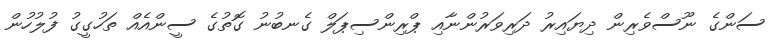
ސަންގެ ނޫސްވެރިން ދިޔައިރު ދަރިވަރުންނާއި ޕްރިންސިޕަލް ގެނބުނު ގޮތުގެ ސީންއެއް ތަހުގީގު ފުލުހުން